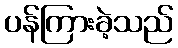
ပန်ကြားခဲ့သည်